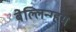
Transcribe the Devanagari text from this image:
बेल्लिन्ग्हम